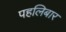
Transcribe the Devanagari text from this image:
पहलिबार